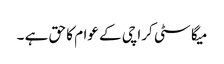
میگا سٹی کراچی کے عوام کا حق ہے ۔